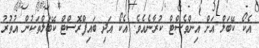
އެކޯ ކޭބަލް އަށް އިންވެސްޓް ކުރާނެއެވެ. އެކޯ އަދި ބައިފްރޮސްޓް ކޭބަލްތަކުން އުތުރު